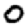
Digit: 0